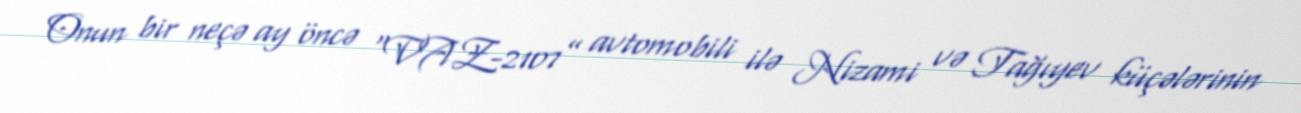
Onun bir neçə ay öncə “VAZ-2107” avtomobili ilə Nizami və Tağıyev küçələrinin